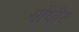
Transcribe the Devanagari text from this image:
मोंघीर